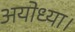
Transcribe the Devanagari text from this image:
अयोध्या।